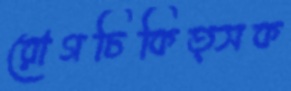
রোগচিকিত্সক